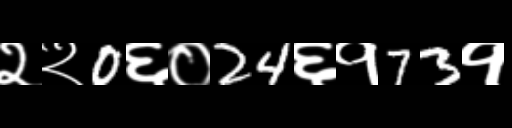
Text: २२0६०24६१73१